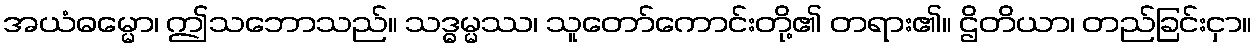
အယံဓမ္မော၊ ဤသဘောသည်။ သဒ္ဓမ္မဿ၊ သူတော်ကောင်းတို့၏ တရား၏။ ဌိတိယာ၊ တည်ခြင်းငှာ။